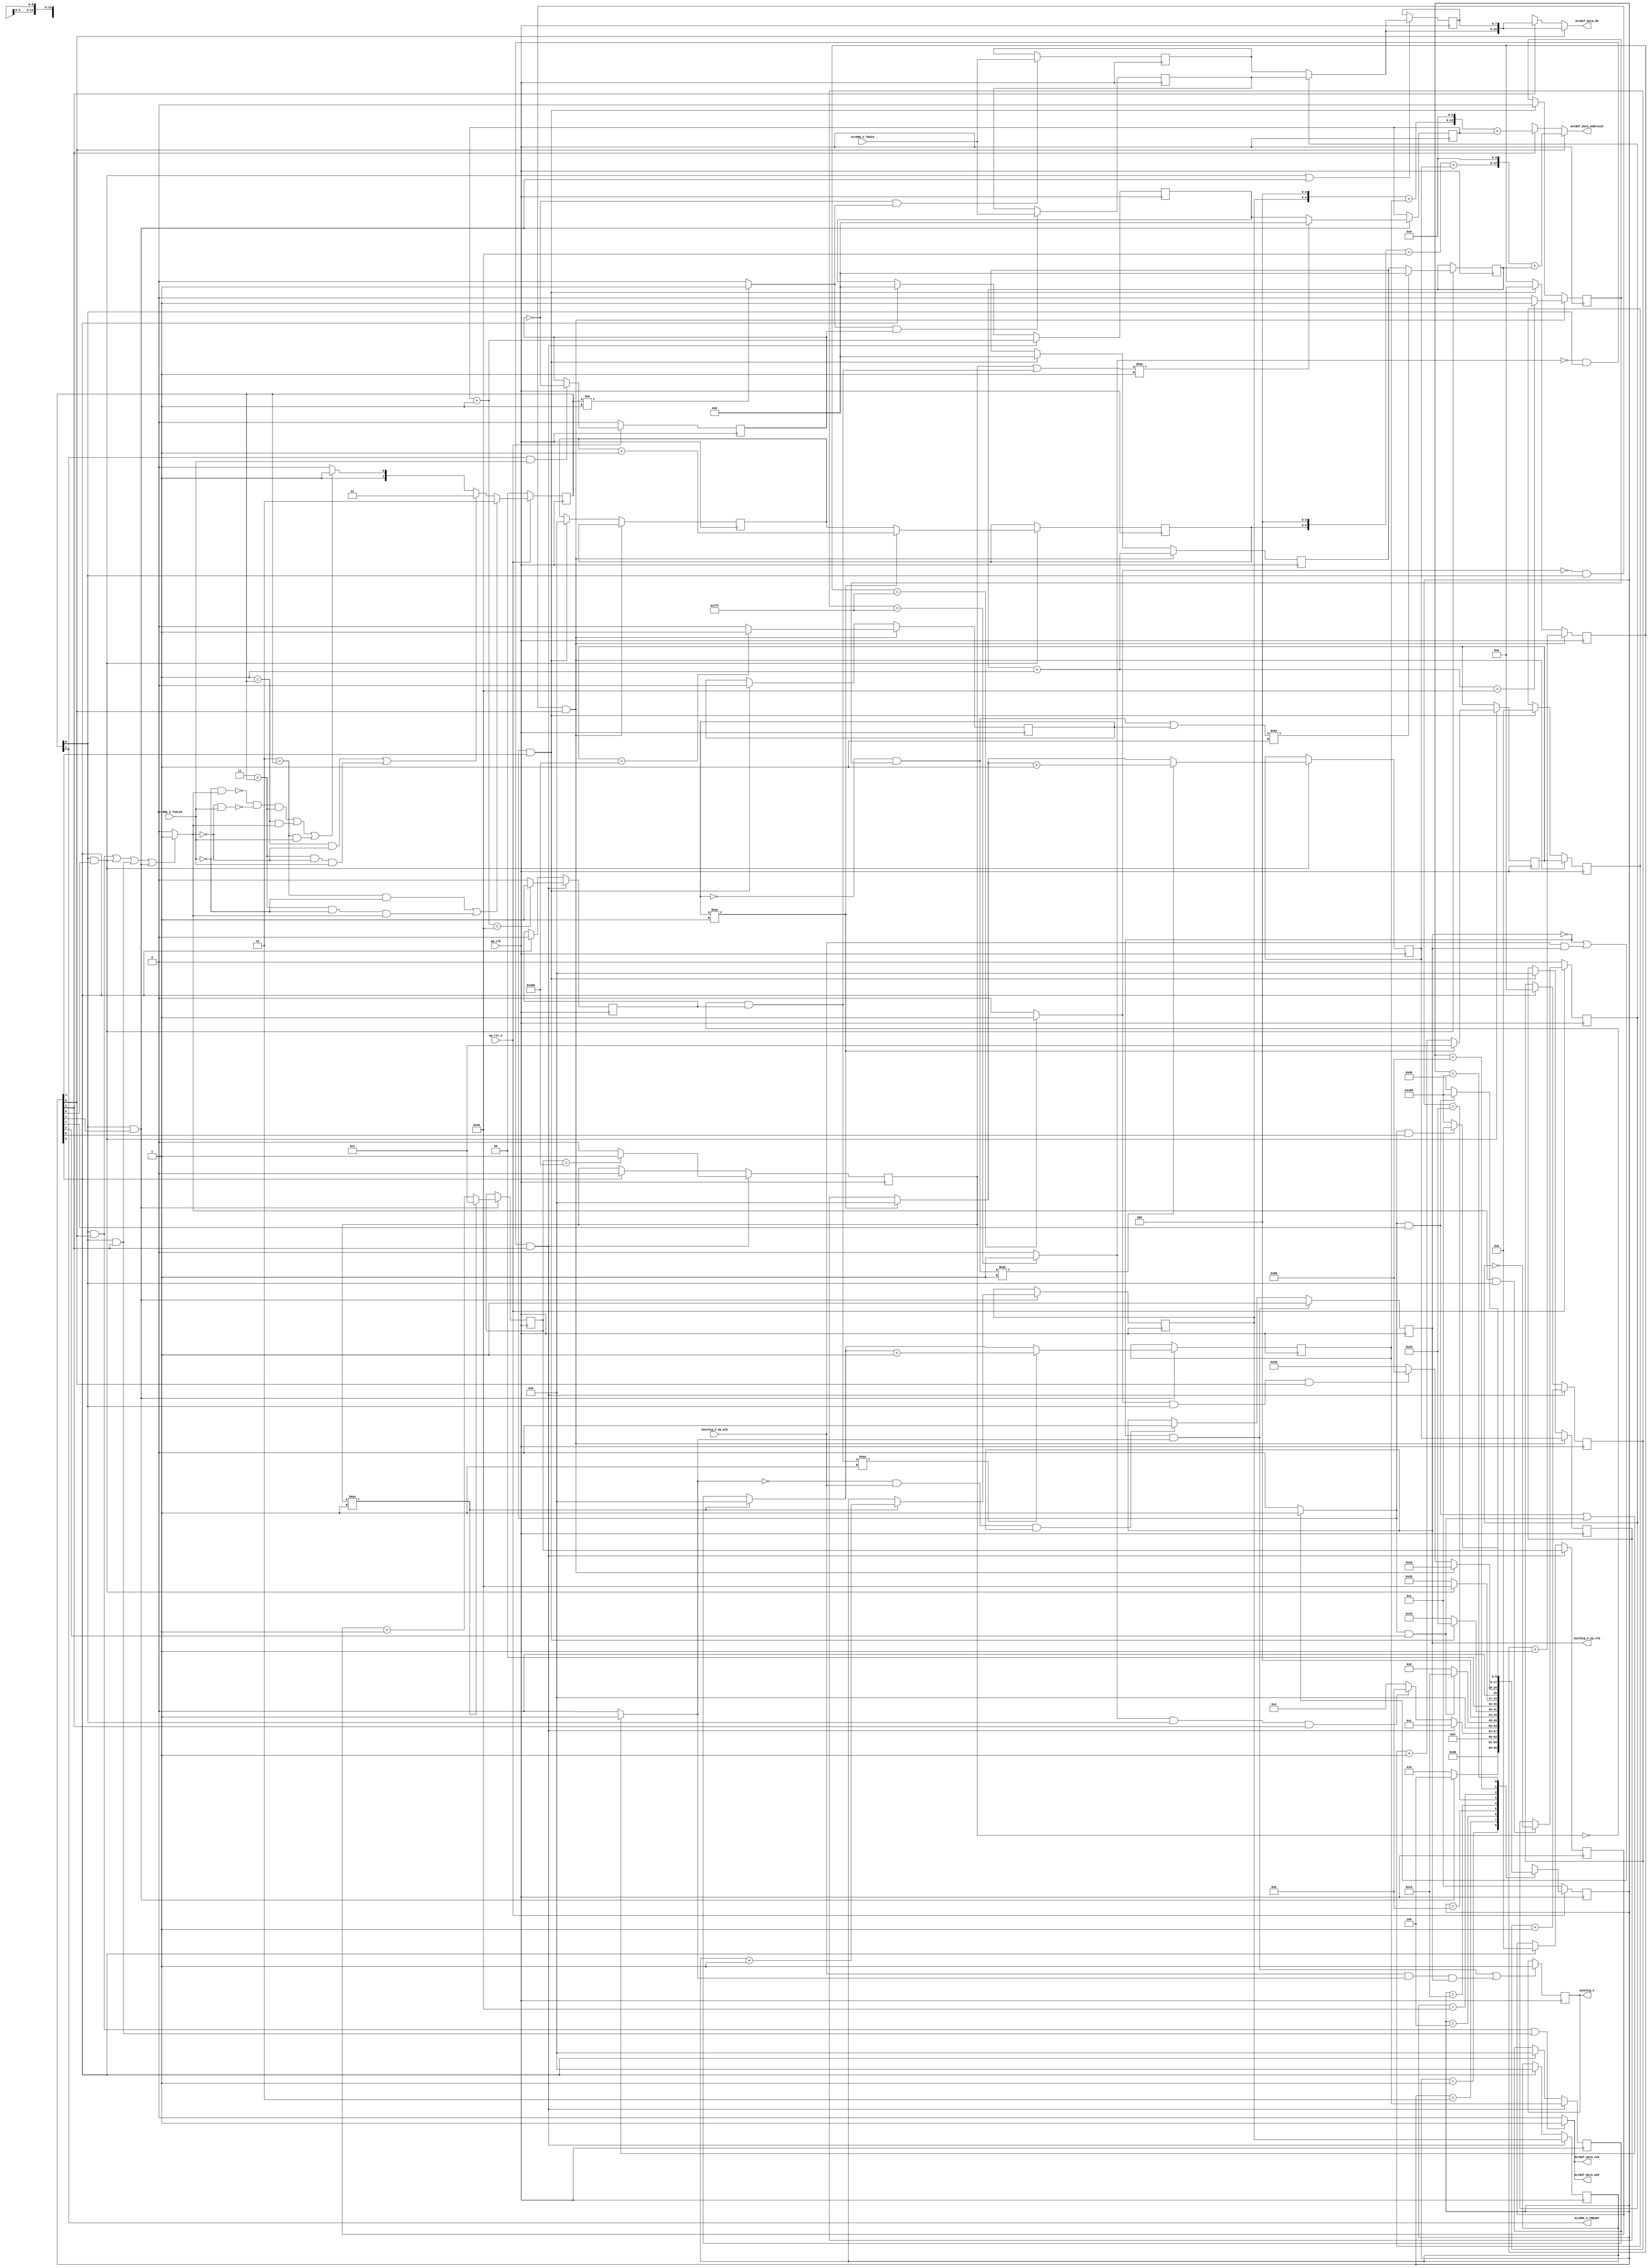
// ==============================================================
// RTL generated by Vivado(TM) HLS - High-Level Synthesis from C, C++ and SystemC
// Version: 2018.3
// Copyright (C) 1986-2018 Xilinx, Inc. All Rights Reserved.
// 
// ===========================================================

`timescale 1 ns / 1 ps 

(* CORE_GENERATION_INFO="Layer7_WriteAct,hls_ip_2018_3,{HLS_INPUT_TYPE=cxx,HLS_INPUT_FLOAT=0,HLS_INPUT_FIXED=0,HLS_INPUT_PART=xazu3eg-sfvc784-1-i,HLS_INPUT_CLOCK=10.000000,HLS_INPUT_ARCH=others,HLS_SYN_CLOCK=3.562750,HLS_SYN_LAT=16388,HLS_SYN_TPT=none,HLS_SYN_MEM=0,HLS_SYN_DSP=0,HLS_SYN_FF=171,HLS_SYN_LUT=708,HLS_VERSION=2018_3}" *)

module Layer7_WriteAct (
        ap_clk,
        ap_rst_n,
        ActDMA_V_TDATA,
        ActDMA_V_TVALID,
        ActDMA_V_TREADY,
        SyncSig_V,
        SyncSig_V_ap_vld,
        SyncSig_V_ap_ack,
        ActBuf_Data_address0,
        ActBuf_Data_ce0,
        ActBuf_Data_we0,
        ActBuf_Data_d0
);

parameter    ap_ST_fsm_state1 = 9'd1;
parameter    ap_ST_fsm_state2 = 9'd2;
parameter    ap_ST_fsm_state3 = 9'd4;
parameter    ap_ST_fsm_state4 = 9'd8;
parameter    ap_ST_fsm_state5 = 9'd16;
parameter    ap_ST_fsm_state6 = 9'd32;
parameter    ap_ST_fsm_state7 = 9'd64;
parameter    ap_ST_fsm_state8 = 9'd128;
parameter    ap_ST_fsm_state9 = 9'd256;

input   ap_clk;
input   ap_rst_n;
input  [7:0] ActDMA_V_TDATA;
input   ActDMA_V_TVALID;
output   ActDMA_V_TREADY;
output   SyncSig_V;
output   SyncSig_V_ap_vld;
input   SyncSig_V_ap_ack;
output  [12:0] ActBuf_Data_address0;
output   ActBuf_Data_ce0;
output   ActBuf_Data_we0;
output  [15:0] ActBuf_Data_d0;

reg[12:0] ActBuf_Data_address0;
reg ActBuf_Data_ce0;
reg ActBuf_Data_we0;
reg[15:0] ActBuf_Data_d0;

 reg    ap_rst_n_inv;
reg   [7:0] ActDMA_V_0_data_out;
wire    ActDMA_V_0_vld_in;
wire    ActDMA_V_0_vld_out;
wire    ActDMA_V_0_ack_in;
reg    ActDMA_V_0_ack_out;
reg   [7:0] ActDMA_V_0_payload_A;
reg   [7:0] ActDMA_V_0_payload_B;
reg    ActDMA_V_0_sel_rd;
reg    ActDMA_V_0_sel_wr;
wire    ActDMA_V_0_sel;
wire    ActDMA_V_0_load_A;
wire    ActDMA_V_0_load_B;
reg   [1:0] ActDMA_V_0_state;
wire    ActDMA_V_0_state_cmp_full;
reg    SyncSig_V_1_data_reg;
reg    SyncSig_V_1_vld_reg;
reg    SyncSig_V_1_vld_in;
reg    SyncSig_V_1_ack_in;
wire    SyncSig_V_1_ack_out;
reg    ActDMA_V_TDATA_blk_n;
(* fsm_encoding = "none" *) reg   [8:0] ap_CS_fsm;
wire    ap_CS_fsm_state2;
wire    ap_CS_fsm_state3;
wire    ap_CS_fsm_state6;
wire    ap_CS_fsm_state7;
reg    SyncSig_V_blk_n;
wire    ap_CS_fsm_state4;
wire    ap_CS_fsm_state5;
wire    ap_CS_fsm_state8;
wire    ap_CS_fsm_state9;
reg   [7:0] reg_283;
wire   [3:0] t_V_fu_313_p3;
reg   [3:0] t_V_reg_611;
wire   [6:0] t_V_3_mid2_fu_333_p3;
reg   [6:0] t_V_3_mid2_reg_617;
wire   [3:0] t_V_2_fu_341_p3;
reg   [3:0] t_V_2_reg_623;
wire   [10:0] indvar_flatten_next_fu_355_p3;
reg   [10:0] indvar_flatten_next_reg_629;
wire   [6:0] t_V_9_fu_418_p2;
wire   [11:0] indvar_flatten_next1_fu_423_p2;
wire   [0:0] exitcond5_fu_429_p2;
wire   [0:0] exitcond_flatten_fu_435_p2;
wire   [3:0] t_V_6_fu_472_p3;
reg   [3:0] t_V_6_reg_658;
wire   [6:0] t_V_5_mid2_fu_492_p3;
reg   [6:0] t_V_5_mid2_reg_664;
wire   [3:0] t_V_7_fu_500_p3;
reg   [3:0] t_V_7_reg_670;
wire   [10:0] indvar_flatten_next2_fu_514_p3;
reg   [10:0] indvar_flatten_next2_reg_676;
wire   [6:0] t_V_10_fu_583_p2;
wire   [11:0] indvar_flatten_next3_fu_588_p2;
wire   [0:0] exitcond_fu_594_p2;
wire   [0:0] exitcond_flatten2_fu_600_p2;
reg   [0:0] exitcond_flatten4_reg_129;
wire    ap_CS_fsm_state1;
wire   [0:0] exitcond_flatten1_fu_440_p2;
reg   [0:0] exitcond1_reg_140;
reg   [6:0] t_V_s_reg_151;
reg   [3:0] t_V_1_reg_162;
reg   [10:0] indvar_flatten_reg_173;
reg   [3:0] t_V9_reg_184;
reg   [11:0] indvar_flatten1_reg_195;
reg   [0:0] exitcond_flatten5_reg_206;
wire   [0:0] exitcond_flatten3_fu_605_p2;
reg   [0:0] exitcond6_reg_217;
reg   [6:0] t_V_3_reg_228;
reg   [3:0] t_V_4_reg_239;
reg   [10:0] indvar_flatten2_reg_250;
reg   [3:0] t_V_5_reg_261;
reg   [11:0] indvar_flatten3_reg_272;
wire   [63:0] tmp_19_cast_fu_404_p1;
wire   [63:0] tmp_27_cast_fu_569_p1;
wire   [15:0] tmp_4_fu_409_p3;
wire   [15:0] tmp_13_fu_574_p3;
wire   [0:0] not_exitcond_flatten_fu_301_p2;
wire   [3:0] r_V_fu_287_p2;
wire   [3:0] t_V_2_mid_fu_293_p3;
wire   [0:0] exitcond5_mid_fu_307_p2;
wire   [0:0] tmp_9_fu_327_p2;
wire   [3:0] c_V_fu_321_p2;
wire   [10:0] indvar_flatten_op_fu_349_p2;
wire   [6:0] tmp_1_fu_369_p3;
wire   [7:0] tmp_15_cast_fu_376_p1;
wire   [7:0] tmp_8_cast_fu_366_p1;
wire   [7:0] tmp_2_fu_380_p2;
wire   [13:0] tmp_fu_386_p3;
wire   [14:0] tmp_18_cast_fu_394_p1;
wire   [14:0] tmp_7_cast_fu_363_p1;
wire   [14:0] tmp_3_fu_398_p2;
wire   [0:0] not_exitcond_flatten_2_fu_460_p2;
wire   [3:0] r_V_1_fu_446_p2;
wire   [3:0] t_V_4_mid_fu_452_p3;
wire   [0:0] exitcond_mid_fu_466_p2;
wire   [0:0] tmp_5_fu_486_p2;
wire   [3:0] c_V_1_fu_480_p2;
wire   [10:0] indvar_flatten18_op_fu_508_p2;
wire   [6:0] tmp_7_fu_528_p3;
wire   [7:0] tmp_22_cast_fu_535_p1;
wire   [7:0] tmp_8_fu_539_p2;
wire   [7:0] tmp_6_cast_fu_525_p1;
wire   [7:0] tmp_10_fu_545_p2;
wire   [13:0] tmp_11_fu_551_p3;
wire   [14:0] tmp_26_cast_fu_559_p1;
wire   [14:0] tmp_cast_fu_522_p1;
wire   [14:0] tmp_12_fu_563_p2;
reg   [8:0] ap_NS_fsm;

// power-on initialization
initial begin
#0 ActDMA_V_0_sel_rd = 1'b0;
#0 ActDMA_V_0_sel_wr = 1'b0;
#0 ActDMA_V_0_state = 2'd0;
#0 SyncSig_V_1_data_reg = 1'b0;
#0 SyncSig_V_1_vld_reg = 1'b0;
#0 ap_CS_fsm = 9'd1;
end

always @ (posedge ap_clk) begin
    if (ap_rst_n_inv == 1'b1) begin
        ActDMA_V_0_sel_rd <= 1'b0;
    end else begin
        if (((1'b1 == ActDMA_V_0_ack_out) & (1'b1 == ActDMA_V_0_vld_out))) begin
            ActDMA_V_0_sel_rd <= ~ActDMA_V_0_sel_rd;
        end
    end
end

always @ (posedge ap_clk) begin
    if (ap_rst_n_inv == 1'b1) begin
        ActDMA_V_0_sel_wr <= 1'b0;
    end else begin
        if (((1'b1 == ActDMA_V_0_ack_in) & (1'b1 == ActDMA_V_0_vld_in))) begin
            ActDMA_V_0_sel_wr <= ~ActDMA_V_0_sel_wr;
        end
    end
end

always @ (posedge ap_clk) begin
    if (ap_rst_n_inv == 1'b1) begin
        ActDMA_V_0_state <= 2'd0;
    end else begin
        if ((((2'd2 == ActDMA_V_0_state) & (1'b0 == ActDMA_V_0_vld_in)) | ((2'd3 == ActDMA_V_0_state) & (1'b0 == ActDMA_V_0_vld_in) & (1'b1 == ActDMA_V_0_ack_out)))) begin
            ActDMA_V_0_state <= 2'd2;
        end else if ((((2'd1 == ActDMA_V_0_state) & (1'b0 == ActDMA_V_0_ack_out)) | ((2'd3 == ActDMA_V_0_state) & (1'b0 == ActDMA_V_0_ack_out) & (1'b1 == ActDMA_V_0_vld_in)))) begin
            ActDMA_V_0_state <= 2'd1;
        end else if (((~((1'b0 == ActDMA_V_0_vld_in) & (1'b1 == ActDMA_V_0_ack_out)) & ~((1'b0 == ActDMA_V_0_ack_out) & (1'b1 == ActDMA_V_0_vld_in)) & (2'd3 == ActDMA_V_0_state)) | ((2'd1 == ActDMA_V_0_state) & (1'b1 == ActDMA_V_0_ack_out)) | ((2'd2 == ActDMA_V_0_state) & (1'b1 == ActDMA_V_0_vld_in)))) begin
            ActDMA_V_0_state <= 2'd3;
        end else begin
            ActDMA_V_0_state <= 2'd2;
        end
    end
end

always @ (posedge ap_clk) begin
    if (ap_rst_n_inv == 1'b1) begin
        ap_CS_fsm <= ap_ST_fsm_state1;
    end else begin
        ap_CS_fsm <= ap_NS_fsm;
    end
end

always @ (posedge ap_clk) begin
    if (((1'b0 == SyncSig_V_1_vld_reg) & (1'b1 == SyncSig_V_1_vld_in))) begin
        SyncSig_V_1_vld_reg <= 1'b1;
    end else if (((1'b0 == SyncSig_V_1_vld_in) & (1'b1 == SyncSig_V_1_ack_out) & (1'b1 == SyncSig_V_1_vld_reg))) begin
        SyncSig_V_1_vld_reg <= 1'b0;
    end
end

always @ (posedge ap_clk) begin
    if (((exitcond_flatten1_fu_440_p2 == 1'd0) & (1'b1 == ActDMA_V_0_vld_out) & (1'b1 == ap_CS_fsm_state3))) begin
        exitcond1_reg_140 <= exitcond5_fu_429_p2;
    end else if ((1'b1 == ap_CS_fsm_state1)) begin
        exitcond1_reg_140 <= 1'd0;
    end
end

always @ (posedge ap_clk) begin
    if (((exitcond_flatten3_fu_605_p2 == 1'd0) & (1'b1 == ActDMA_V_0_vld_out) & (1'b1 == ap_CS_fsm_state7))) begin
        exitcond6_reg_217 <= exitcond_fu_594_p2;
    end else if (((1'b1 == SyncSig_V_1_ack_in) & (1'b1 == ap_CS_fsm_state5))) begin
        exitcond6_reg_217 <= 1'd0;
    end
end

always @ (posedge ap_clk) begin
    if (((exitcond_flatten1_fu_440_p2 == 1'd0) & (1'b1 == ActDMA_V_0_vld_out) & (1'b1 == ap_CS_fsm_state3))) begin
        exitcond_flatten4_reg_129 <= exitcond_flatten_fu_435_p2;
    end else if ((1'b1 == ap_CS_fsm_state1)) begin
        exitcond_flatten4_reg_129 <= 1'd0;
    end
end

always @ (posedge ap_clk) begin
    if (((exitcond_flatten3_fu_605_p2 == 1'd0) & (1'b1 == ActDMA_V_0_vld_out) & (1'b1 == ap_CS_fsm_state7))) begin
        exitcond_flatten5_reg_206 <= exitcond_flatten2_fu_600_p2;
    end else if (((1'b1 == SyncSig_V_1_ack_in) & (1'b1 == ap_CS_fsm_state5))) begin
        exitcond_flatten5_reg_206 <= 1'd0;
    end
end

always @ (posedge ap_clk) begin
    if (((exitcond_flatten1_fu_440_p2 == 1'd0) & (1'b1 == ActDMA_V_0_vld_out) & (1'b1 == ap_CS_fsm_state3))) begin
        indvar_flatten1_reg_195 <= indvar_flatten_next1_fu_423_p2;
    end else if ((1'b1 == ap_CS_fsm_state1)) begin
        indvar_flatten1_reg_195 <= 12'd0;
    end
end

always @ (posedge ap_clk) begin
    if (((exitcond_flatten3_fu_605_p2 == 1'd0) & (1'b1 == ActDMA_V_0_vld_out) & (1'b1 == ap_CS_fsm_state7))) begin
        indvar_flatten2_reg_250 <= indvar_flatten_next2_reg_676;
    end else if (((1'b1 == SyncSig_V_1_ack_in) & (1'b1 == ap_CS_fsm_state5))) begin
        indvar_flatten2_reg_250 <= 11'd0;
    end
end

always @ (posedge ap_clk) begin
    if (((exitcond_flatten3_fu_605_p2 == 1'd0) & (1'b1 == ActDMA_V_0_vld_out) & (1'b1 == ap_CS_fsm_state7))) begin
        indvar_flatten3_reg_272 <= indvar_flatten_next3_fu_588_p2;
    end else if (((1'b1 == SyncSig_V_1_ack_in) & (1'b1 == ap_CS_fsm_state5))) begin
        indvar_flatten3_reg_272 <= 12'd0;
    end
end

always @ (posedge ap_clk) begin
    if (((exitcond_flatten1_fu_440_p2 == 1'd0) & (1'b1 == ActDMA_V_0_vld_out) & (1'b1 == ap_CS_fsm_state3))) begin
        indvar_flatten_reg_173 <= indvar_flatten_next_reg_629;
    end else if ((1'b1 == ap_CS_fsm_state1)) begin
        indvar_flatten_reg_173 <= 11'd0;
    end
end

always @ (posedge ap_clk) begin
    if (((exitcond_flatten1_fu_440_p2 == 1'd0) & (1'b1 == ActDMA_V_0_vld_out) & (1'b1 == ap_CS_fsm_state3))) begin
        t_V9_reg_184 <= t_V_reg_611;
    end else if ((1'b1 == ap_CS_fsm_state1)) begin
        t_V9_reg_184 <= 4'd0;
    end
end

always @ (posedge ap_clk) begin
    if (((exitcond_flatten1_fu_440_p2 == 1'd0) & (1'b1 == ActDMA_V_0_vld_out) & (1'b1 == ap_CS_fsm_state3))) begin
        t_V_1_reg_162 <= t_V_2_reg_623;
    end else if ((1'b1 == ap_CS_fsm_state1)) begin
        t_V_1_reg_162 <= 4'd0;
    end
end

always @ (posedge ap_clk) begin
    if (((exitcond_flatten3_fu_605_p2 == 1'd0) & (1'b1 == ActDMA_V_0_vld_out) & (1'b1 == ap_CS_fsm_state7))) begin
        t_V_3_reg_228 <= t_V_10_fu_583_p2;
    end else if (((1'b1 == SyncSig_V_1_ack_in) & (1'b1 == ap_CS_fsm_state5))) begin
        t_V_3_reg_228 <= 7'd0;
    end
end

always @ (posedge ap_clk) begin
    if (((exitcond_flatten3_fu_605_p2 == 1'd0) & (1'b1 == ActDMA_V_0_vld_out) & (1'b1 == ap_CS_fsm_state7))) begin
        t_V_4_reg_239 <= t_V_7_reg_670;
    end else if (((1'b1 == SyncSig_V_1_ack_in) & (1'b1 == ap_CS_fsm_state5))) begin
        t_V_4_reg_239 <= 4'd0;
    end
end

always @ (posedge ap_clk) begin
    if (((exitcond_flatten3_fu_605_p2 == 1'd0) & (1'b1 == ActDMA_V_0_vld_out) & (1'b1 == ap_CS_fsm_state7))) begin
        t_V_5_reg_261 <= t_V_6_reg_658;
    end else if (((1'b1 == SyncSig_V_1_ack_in) & (1'b1 == ap_CS_fsm_state5))) begin
        t_V_5_reg_261 <= 4'd0;
    end
end

always @ (posedge ap_clk) begin
    if (((exitcond_flatten1_fu_440_p2 == 1'd0) & (1'b1 == ActDMA_V_0_vld_out) & (1'b1 == ap_CS_fsm_state3))) begin
        t_V_s_reg_151 <= t_V_9_fu_418_p2;
    end else if ((1'b1 == ap_CS_fsm_state1)) begin
        t_V_s_reg_151 <= 7'd0;
    end
end

always @ (posedge ap_clk) begin
    if ((1'b1 == ActDMA_V_0_load_A)) begin
        ActDMA_V_0_payload_A <= ActDMA_V_TDATA;
    end
end

always @ (posedge ap_clk) begin
    if ((1'b1 == ActDMA_V_0_load_B)) begin
        ActDMA_V_0_payload_B <= ActDMA_V_TDATA;
    end
end

always @ (posedge ap_clk) begin
    if ((((1'b0 == SyncSig_V_1_vld_reg) & (1'b1 == SyncSig_V_1_vld_in)) | ((1'b1 == SyncSig_V_1_ack_out) & (1'b1 == SyncSig_V_1_vld_in) & (1'b1 == SyncSig_V_1_vld_reg)))) begin
        SyncSig_V_1_data_reg <= 1'd1;
    end
end

always @ (posedge ap_clk) begin
    if (((1'b1 == ActDMA_V_0_vld_out) & (1'b1 == ap_CS_fsm_state6))) begin
        indvar_flatten_next2_reg_676 <= indvar_flatten_next2_fu_514_p3;
        t_V_5_mid2_reg_664 <= t_V_5_mid2_fu_492_p3;
        t_V_6_reg_658 <= t_V_6_fu_472_p3;
        t_V_7_reg_670 <= t_V_7_fu_500_p3;
    end
end

always @ (posedge ap_clk) begin
    if (((1'b1 == ActDMA_V_0_vld_out) & (1'b1 == ap_CS_fsm_state2))) begin
        indvar_flatten_next_reg_629 <= indvar_flatten_next_fu_355_p3;
        t_V_2_reg_623 <= t_V_2_fu_341_p3;
        t_V_3_mid2_reg_617 <= t_V_3_mid2_fu_333_p3;
        t_V_reg_611 <= t_V_fu_313_p3;
    end
end

always @ (posedge ap_clk) begin
    if ((((1'b1 == ActDMA_V_0_vld_out) & (1'b1 == ap_CS_fsm_state6)) | ((1'b1 == ActDMA_V_0_vld_out) & (1'b1 == ap_CS_fsm_state2)))) begin
        reg_283 <= ActDMA_V_0_data_out;
    end
end

always @ (*) begin
    if ((1'b1 == ap_CS_fsm_state7)) begin
        ActBuf_Data_address0 = tmp_27_cast_fu_569_p1;
    end else if ((1'b1 == ap_CS_fsm_state3)) begin
        ActBuf_Data_address0 = tmp_19_cast_fu_404_p1;
    end else begin
        ActBuf_Data_address0 = 'bx;
    end
end

always @ (*) begin
    if ((((1'b1 == ActDMA_V_0_vld_out) & (1'b1 == ap_CS_fsm_state7)) | ((1'b1 == ActDMA_V_0_vld_out) & (1'b1 == ap_CS_fsm_state3)))) begin
        ActBuf_Data_ce0 = 1'b1;
    end else begin
        ActBuf_Data_ce0 = 1'b0;
    end
end

always @ (*) begin
    if ((1'b1 == ap_CS_fsm_state7)) begin
        ActBuf_Data_d0 = tmp_13_fu_574_p3;
    end else if ((1'b1 == ap_CS_fsm_state3)) begin
        ActBuf_Data_d0 = tmp_4_fu_409_p3;
    end else begin
        ActBuf_Data_d0 = 'bx;
    end
end

always @ (*) begin
    if ((((1'b1 == ActDMA_V_0_vld_out) & (1'b1 == ap_CS_fsm_state7)) | ((1'b1 == ActDMA_V_0_vld_out) & (1'b1 == ap_CS_fsm_state3)))) begin
        ActBuf_Data_we0 = 1'b1;
    end else begin
        ActBuf_Data_we0 = 1'b0;
    end
end

always @ (*) begin
    if ((((1'b1 == ActDMA_V_0_vld_out) & (1'b1 == ap_CS_fsm_state7)) | ((1'b1 == ActDMA_V_0_vld_out) & (1'b1 == ap_CS_fsm_state6)) | ((1'b1 == ActDMA_V_0_vld_out) & (1'b1 == ap_CS_fsm_state3)) | ((1'b1 == ActDMA_V_0_vld_out) & (1'b1 == ap_CS_fsm_state2)))) begin
        ActDMA_V_0_ack_out = 1'b1;
    end else begin
        ActDMA_V_0_ack_out = 1'b0;
    end
end

always @ (*) begin
    if ((1'b1 == ActDMA_V_0_sel)) begin
        ActDMA_V_0_data_out = ActDMA_V_0_payload_B;
    end else begin
        ActDMA_V_0_data_out = ActDMA_V_0_payload_A;
    end
end

always @ (*) begin
    if (((1'b1 == ap_CS_fsm_state7) | (1'b1 == ap_CS_fsm_state6) | (1'b1 == ap_CS_fsm_state3) | (1'b1 == ap_CS_fsm_state2))) begin
        ActDMA_V_TDATA_blk_n = ActDMA_V_0_state[1'd0];
    end else begin
        ActDMA_V_TDATA_blk_n = 1'b1;
    end
end

always @ (*) begin
    if (((1'b0 == SyncSig_V_1_vld_reg) | ((1'b1 == SyncSig_V_1_ack_out) & (1'b1 == SyncSig_V_1_vld_reg)))) begin
        SyncSig_V_1_ack_in = 1'b1;
    end else begin
        SyncSig_V_1_ack_in = 1'b0;
    end
end

always @ (*) begin
    if ((((1'b1 == SyncSig_V_1_ack_in) & (1'b1 == ap_CS_fsm_state8)) | ((1'b1 == SyncSig_V_1_ack_in) & (1'b1 == ap_CS_fsm_state4)))) begin
        SyncSig_V_1_vld_in = 1'b1;
    end else begin
        SyncSig_V_1_vld_in = 1'b0;
    end
end

always @ (*) begin
    if (((1'b1 == ap_CS_fsm_state9) | (1'b1 == ap_CS_fsm_state8) | (1'b1 == ap_CS_fsm_state5) | (1'b1 == ap_CS_fsm_state4))) begin
        SyncSig_V_blk_n = SyncSig_V_1_ack_in;
    end else begin
        SyncSig_V_blk_n = 1'b1;
    end
end

always @ (*) begin
    case (ap_CS_fsm)
        ap_ST_fsm_state1 : begin
            ap_NS_fsm = ap_ST_fsm_state2;
        end
        ap_ST_fsm_state2 : begin
            if (((1'b1 == ActDMA_V_0_vld_out) & (1'b1 == ap_CS_fsm_state2))) begin
                ap_NS_fsm = ap_ST_fsm_state3;
            end else begin
                ap_NS_fsm = ap_ST_fsm_state2;
            end
        end
        ap_ST_fsm_state3 : begin
            if (((exitcond_flatten1_fu_440_p2 == 1'd0) & (1'b1 == ActDMA_V_0_vld_out) & (1'b1 == ap_CS_fsm_state3))) begin
                ap_NS_fsm = ap_ST_fsm_state2;
            end else if (((exitcond_flatten1_fu_440_p2 == 1'd1) & (1'b1 == ActDMA_V_0_vld_out) & (1'b1 == ap_CS_fsm_state3))) begin
                ap_NS_fsm = ap_ST_fsm_state4;
            end else begin
                ap_NS_fsm = ap_ST_fsm_state3;
            end
        end
        ap_ST_fsm_state4 : begin
            if (((1'b1 == SyncSig_V_1_ack_in) & (1'b1 == ap_CS_fsm_state4))) begin
                ap_NS_fsm = ap_ST_fsm_state5;
            end else begin
                ap_NS_fsm = ap_ST_fsm_state4;
            end
        end
        ap_ST_fsm_state5 : begin
            if (((1'b1 == SyncSig_V_1_ack_in) & (1'b1 == ap_CS_fsm_state5))) begin
                ap_NS_fsm = ap_ST_fsm_state6;
            end else begin
                ap_NS_fsm = ap_ST_fsm_state5;
            end
        end
        ap_ST_fsm_state6 : begin
            if (((1'b1 == ActDMA_V_0_vld_out) & (1'b1 == ap_CS_fsm_state6))) begin
                ap_NS_fsm = ap_ST_fsm_state7;
            end else begin
                ap_NS_fsm = ap_ST_fsm_state6;
            end
        end
        ap_ST_fsm_state7 : begin
            if (((exitcond_flatten3_fu_605_p2 == 1'd0) & (1'b1 == ActDMA_V_0_vld_out) & (1'b1 == ap_CS_fsm_state7))) begin
                ap_NS_fsm = ap_ST_fsm_state6;
            end else if (((exitcond_flatten3_fu_605_p2 == 1'd1) & (1'b1 == ActDMA_V_0_vld_out) & (1'b1 == ap_CS_fsm_state7))) begin
                ap_NS_fsm = ap_ST_fsm_state8;
            end else begin
                ap_NS_fsm = ap_ST_fsm_state7;
            end
        end
        ap_ST_fsm_state8 : begin
            if (((1'b1 == SyncSig_V_1_ack_in) & (1'b1 == ap_CS_fsm_state8))) begin
                ap_NS_fsm = ap_ST_fsm_state9;
            end else begin
                ap_NS_fsm = ap_ST_fsm_state8;
            end
        end
        ap_ST_fsm_state9 : begin
            if (((1'b1 == SyncSig_V_1_ack_in) & (1'b1 == ap_CS_fsm_state9))) begin
                ap_NS_fsm = ap_ST_fsm_state1;
            end else begin
                ap_NS_fsm = ap_ST_fsm_state9;
            end
        end
        default : begin
            ap_NS_fsm = 'bx;
        end
    endcase
end

assign ActDMA_V_0_ack_in = ActDMA_V_0_state[1'd1];

assign ActDMA_V_0_load_A = (~ActDMA_V_0_sel_wr & ActDMA_V_0_state_cmp_full);

assign ActDMA_V_0_load_B = (ActDMA_V_0_state_cmp_full & ActDMA_V_0_sel_wr);

assign ActDMA_V_0_sel = ActDMA_V_0_sel_rd;

assign ActDMA_V_0_state_cmp_full = ((ActDMA_V_0_state != 2'd1) ? 1'b1 : 1'b0);

assign ActDMA_V_0_vld_in = ActDMA_V_TVALID;

assign ActDMA_V_0_vld_out = ActDMA_V_0_state[1'd0];

assign ActDMA_V_TREADY = ActDMA_V_0_state[1'd1];

assign SyncSig_V = SyncSig_V_1_data_reg;

assign SyncSig_V_1_ack_out = SyncSig_V_ap_ack;

assign SyncSig_V_ap_vld = SyncSig_V_1_vld_reg;

assign ap_CS_fsm_state1 = ap_CS_fsm[32'd0];

assign ap_CS_fsm_state2 = ap_CS_fsm[32'd1];

assign ap_CS_fsm_state3 = ap_CS_fsm[32'd2];

assign ap_CS_fsm_state4 = ap_CS_fsm[32'd3];

assign ap_CS_fsm_state5 = ap_CS_fsm[32'd4];

assign ap_CS_fsm_state6 = ap_CS_fsm[32'd5];

assign ap_CS_fsm_state7 = ap_CS_fsm[32'd6];

assign ap_CS_fsm_state8 = ap_CS_fsm[32'd7];

assign ap_CS_fsm_state9 = ap_CS_fsm[32'd8];

always @ (*) begin
    ap_rst_n_inv = ~ap_rst_n;
end

assign c_V_1_fu_480_p2 = (t_V_4_mid_fu_452_p3 + 4'd1);

assign c_V_fu_321_p2 = (t_V_2_mid_fu_293_p3 + 4'd1);

assign exitcond5_fu_429_p2 = ((t_V_9_fu_418_p2 == 7'd64) ? 1'b1 : 1'b0);

assign exitcond5_mid_fu_307_p2 = (not_exitcond_flatten_fu_301_p2 & exitcond1_reg_140);

assign exitcond_flatten1_fu_440_p2 = ((indvar_flatten1_reg_195 == 12'd4095) ? 1'b1 : 1'b0);

assign exitcond_flatten2_fu_600_p2 = ((indvar_flatten_next2_reg_676 == 11'd512) ? 1'b1 : 1'b0);

assign exitcond_flatten3_fu_605_p2 = ((indvar_flatten3_reg_272 == 12'd4095) ? 1'b1 : 1'b0);

assign exitcond_flatten_fu_435_p2 = ((indvar_flatten_next_reg_629 == 11'd512) ? 1'b1 : 1'b0);

assign exitcond_fu_594_p2 = ((t_V_10_fu_583_p2 == 7'd64) ? 1'b1 : 1'b0);

assign exitcond_mid_fu_466_p2 = (not_exitcond_flatten_2_fu_460_p2 & exitcond6_reg_217);

assign indvar_flatten18_op_fu_508_p2 = (indvar_flatten2_reg_250 + 11'd1);

assign indvar_flatten_next1_fu_423_p2 = (indvar_flatten1_reg_195 + 12'd1);

assign indvar_flatten_next2_fu_514_p3 = ((exitcond_flatten5_reg_206[0:0] === 1'b1) ? 11'd1 : indvar_flatten18_op_fu_508_p2);

assign indvar_flatten_next3_fu_588_p2 = (indvar_flatten3_reg_272 + 12'd1);

assign indvar_flatten_next_fu_355_p3 = ((exitcond_flatten4_reg_129[0:0] === 1'b1) ? 11'd1 : indvar_flatten_op_fu_349_p2);

assign indvar_flatten_op_fu_349_p2 = (indvar_flatten_reg_173 + 11'd1);

assign not_exitcond_flatten_2_fu_460_p2 = (exitcond_flatten5_reg_206 ^ 1'd1);

assign not_exitcond_flatten_fu_301_p2 = (exitcond_flatten4_reg_129 ^ 1'd1);

assign r_V_1_fu_446_p2 = (t_V_5_reg_261 + 4'd1);

assign r_V_fu_287_p2 = (t_V9_reg_184 + 4'd1);

assign t_V_10_fu_583_p2 = (t_V_5_mid2_reg_664 + 7'd1);

assign t_V_2_fu_341_p3 = ((exitcond5_mid_fu_307_p2[0:0] === 1'b1) ? c_V_fu_321_p2 : t_V_2_mid_fu_293_p3);

assign t_V_2_mid_fu_293_p3 = ((exitcond_flatten4_reg_129[0:0] === 1'b1) ? 4'd0 : t_V_1_reg_162);

assign t_V_3_mid2_fu_333_p3 = ((tmp_9_fu_327_p2[0:0] === 1'b1) ? 7'd0 : t_V_s_reg_151);

assign t_V_4_mid_fu_452_p3 = ((exitcond_flatten5_reg_206[0:0] === 1'b1) ? 4'd0 : t_V_4_reg_239);

assign t_V_5_mid2_fu_492_p3 = ((tmp_5_fu_486_p2[0:0] === 1'b1) ? 7'd0 : t_V_3_reg_228);

assign t_V_6_fu_472_p3 = ((exitcond_flatten5_reg_206[0:0] === 1'b1) ? r_V_1_fu_446_p2 : t_V_5_reg_261);

assign t_V_7_fu_500_p3 = ((exitcond_mid_fu_466_p2[0:0] === 1'b1) ? c_V_1_fu_480_p2 : t_V_4_mid_fu_452_p3);

assign t_V_9_fu_418_p2 = (t_V_3_mid2_reg_617 + 7'd1);

assign t_V_fu_313_p3 = ((exitcond_flatten4_reg_129[0:0] === 1'b1) ? r_V_fu_287_p2 : t_V9_reg_184);

assign tmp_10_fu_545_p2 = (tmp_8_fu_539_p2 + tmp_6_cast_fu_525_p1);

assign tmp_11_fu_551_p3 = {{tmp_10_fu_545_p2}, {6'd0}};

assign tmp_12_fu_563_p2 = (tmp_26_cast_fu_559_p1 + tmp_cast_fu_522_p1);

assign tmp_13_fu_574_p3 = {{ActDMA_V_0_data_out}, {reg_283}};

assign tmp_15_cast_fu_376_p1 = tmp_1_fu_369_p3;

assign tmp_18_cast_fu_394_p1 = tmp_fu_386_p3;

assign tmp_19_cast_fu_404_p1 = tmp_3_fu_398_p2;

assign tmp_1_fu_369_p3 = {{t_V_reg_611}, {3'd0}};

assign tmp_22_cast_fu_535_p1 = tmp_7_fu_528_p3;

assign tmp_26_cast_fu_559_p1 = tmp_11_fu_551_p3;

assign tmp_27_cast_fu_569_p1 = tmp_12_fu_563_p2;

assign tmp_2_fu_380_p2 = (tmp_15_cast_fu_376_p1 + tmp_8_cast_fu_366_p1);

assign tmp_3_fu_398_p2 = (tmp_18_cast_fu_394_p1 + tmp_7_cast_fu_363_p1);

assign tmp_4_fu_409_p3 = {{ActDMA_V_0_data_out}, {reg_283}};

assign tmp_5_fu_486_p2 = (exitcond_mid_fu_466_p2 | exitcond_flatten5_reg_206);

assign tmp_6_cast_fu_525_p1 = t_V_7_reg_670;

assign tmp_7_cast_fu_363_p1 = t_V_3_mid2_reg_617;

assign tmp_7_fu_528_p3 = {{t_V_6_reg_658}, {3'd0}};

assign tmp_8_cast_fu_366_p1 = t_V_2_reg_623;

assign tmp_8_fu_539_p2 = (tmp_22_cast_fu_535_p1 + 8'd64);

assign tmp_9_fu_327_p2 = (exitcond_flatten4_reg_129 | exitcond5_mid_fu_307_p2);

assign tmp_cast_fu_522_p1 = t_V_5_mid2_reg_664;

assign tmp_fu_386_p3 = {{tmp_2_fu_380_p2}, {6'd0}};

endmodule //Layer7_WriteAct